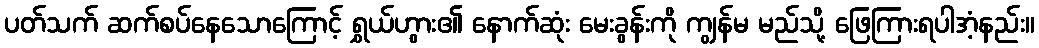
ပတ်သက် ဆက်စပ်နေသောကြောင့် ရွှယ်ဟွား၏ နောက်ဆုံး မေးခွန်းကို ကျွန်မ မည်သို့ ဖြေကြားရပါအံ့နည်း။